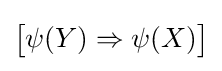
{\bigl [}\psi (Y)\Rightarrow \psi (X){\bigr ]}